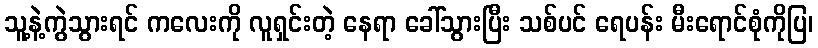
သူ့နဲ့ကွဲသွားရင် ကလေးကို လူရှင်းတဲ့ နေရာ ခေါ်သွားပြီး သစ်ပင် ရေပန်း မီးရောင်စုံကိုပြ၊